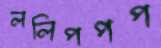
ললিপপপ